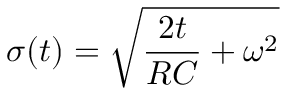
\sigma ( t ) = \sqrt { \frac { 2 t } { R C } + \omega ^ { 2 } }